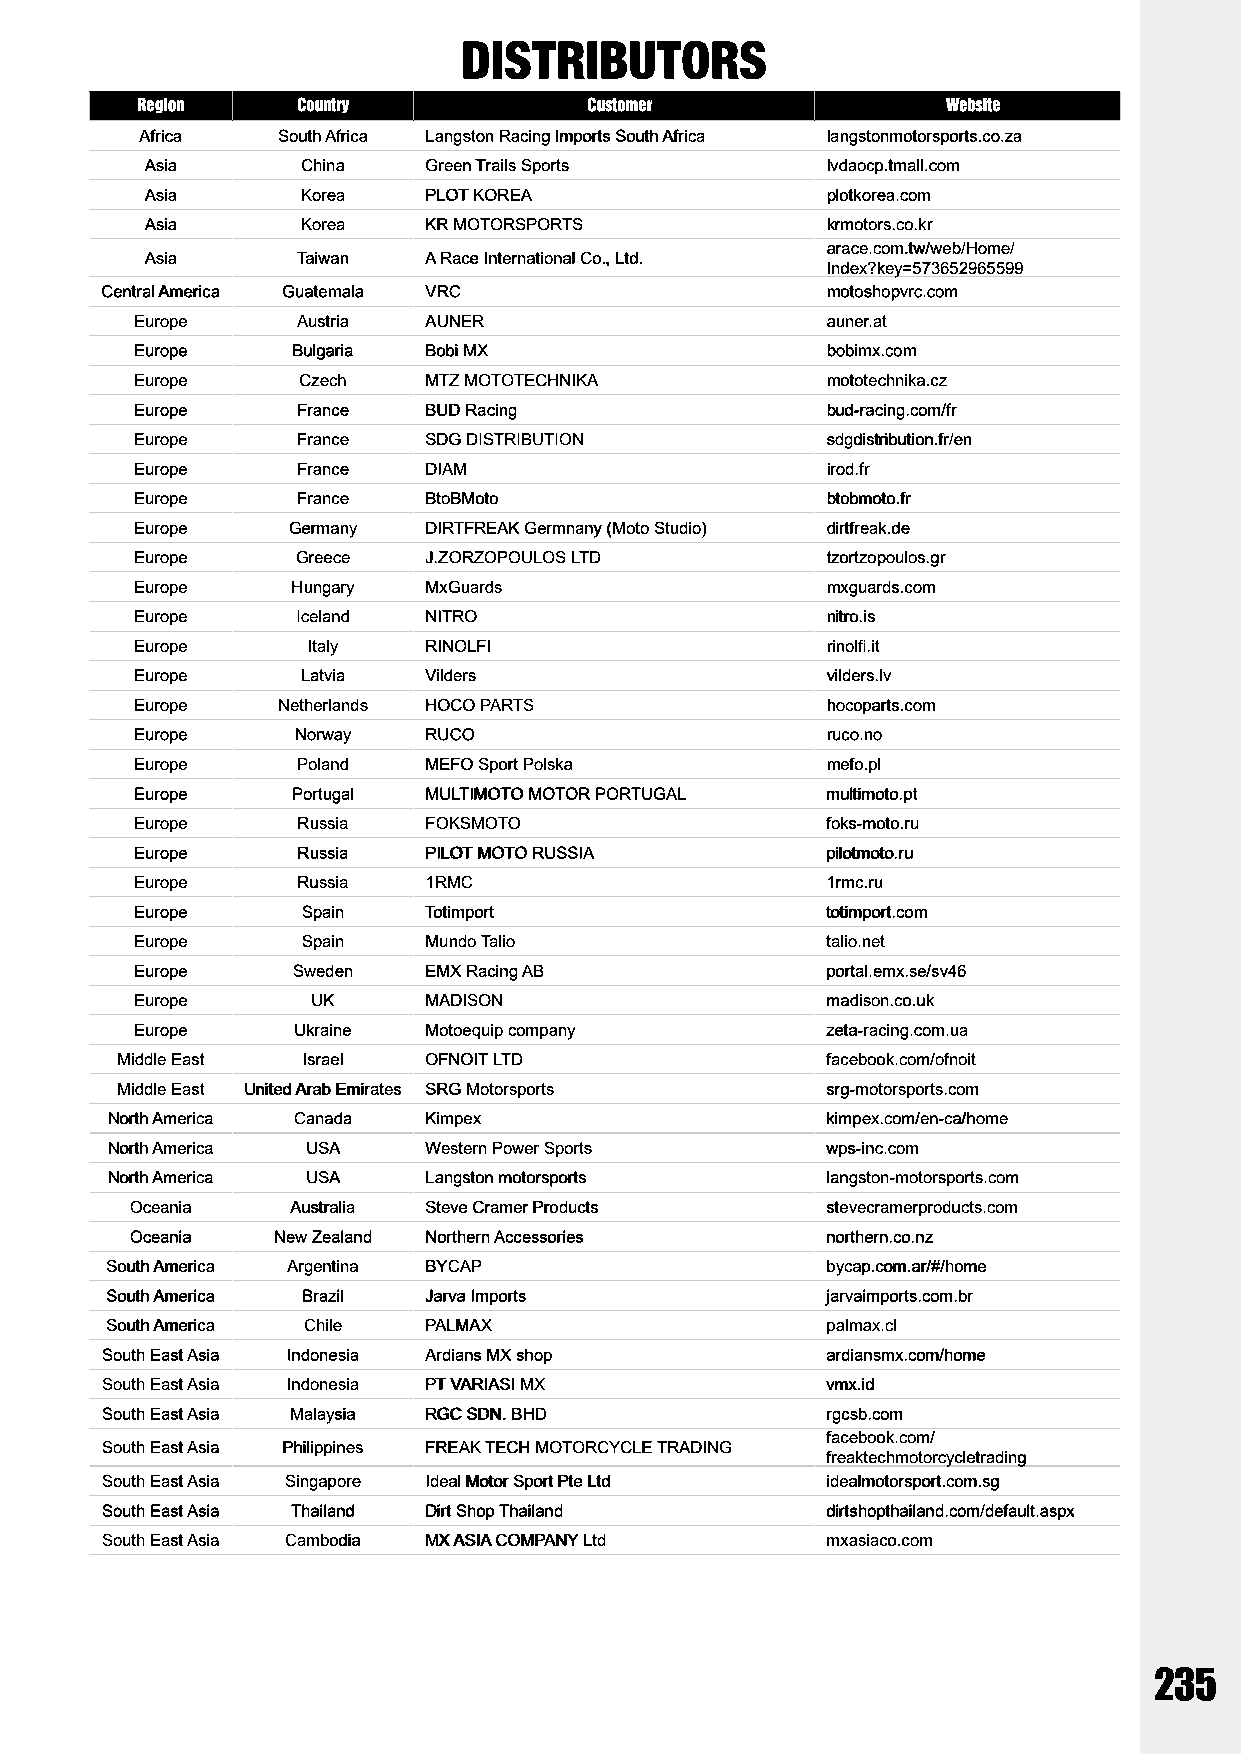
Region     Country            Customer                Website
 Africa   South Africa Langston Racing Imports South Africa langstonmotorsports.co.za
 Asia      China   Green Trails Sports        lvdaocp.tmall.com
 Asia      Korea   PLOT KOREA                 plotkorea.com
 Asia      Korea   KR MOTORSPORTS             krmotors.co.kr
 arace.com.tw/web/Home/
 Asia      Taiwan  A Race International Co., Ltd.
 Index?key=573652965599
 Central America Guatemala VRC                   motoshopvrc.com
 Europe     Austria AUNER                      auner.at
 Europe    Bulgaria Bobi MX                    bobimx.com
 Europe     Czech   MTZ MOTOTECHNIKA           mototechnika.cz
 Europe     France  BUD Racing                 bud-racing.com/fr
 Europe     France  SDG DISTRIBUTION           sdgdistribution.fr/en
 Europe     France  DIAM                       irod.fr
 Europe     France  BtoBMoto                   btobmoto.fr
 Europe    Germany  DIRTFREAK Germnany (Moto Studio) dirtfreak.de
 Europe     Greece  J.ZORZOPOULOS LTD          tzortzopoulos.gr
 Europe    Hungary  MxGuards                   mxguards.com
 Europe     Iceland NITRO                      nitro.is
 Europe     Italy   RINOLFI                    rinolfi.it
 Europe     Latvia  Vilders                    vilders.lv
 Europe   Netherlands HOCO PARTS               hocoparts.com
 Europe    Norway   RUCO                       ruco.no
 Europe     Poland  MEFO Sport Polska          mefo.pl
 Europe    Portugal MULTIMOTO MOTOR PORTUGAL   multimoto.pt
 Europe     Russia  FOKSMOTO                   foks-moto.ru
 Europe     Russia  PILOT MOTO RUSSIA          pilotmoto.ru
 Europe     Russia  1RMC                       1rmc.ru
 Europe     Spain   Totimport                  totimport.com
 Europe     Spain   Mundo Talio                talio.net
 Europe    Sweden   EMX Racing AB              portal.emx.se/sv46
 Europe      UK     MADISON                    madison.co.uk
 Europe    Ukraine  Motoequip company          zeta-racing.com.ua
 Middle East Israel  OFNOIT LTD                 facebook.com/ofnoit
 Middle East United Arab Emirates SRG Motorsports srg-motorsports.com
 North America Canada Kimpex                     kimpex.com/en-ca/home
 North America USA    Western Power Sports       wps-inc.com
 North America USA    Langston motorsports       langston-motorsports.com
 Oceania   Australia Steve Cramer Products     stevecramerproducts.com
 Oceania  New Zealand Northern Accessories     northern.co.nz
 South America Argentina BYCAP                   bycap.com.ar/#/home
 South America Brazil Jarva Imports              jarvaimports.com.br
 South America Chile  PALMAX                     palmax.cl
 South East Asia Indonesia Ardians MX shop       ardiansmx.com/home
 South East Asia Indonesia PT VARIASI MX         vmx.id
 South East Asia Malaysia RGC SDN. BHD           rgcsb.com
 facebook.com/
 South East Asia Philippines FREAK TECH MOTORCYCLE TRADING
 freaktechmotorcycletrading
 South East Asia Singapore Ideal Motor Sport Pte Ltd idealmotorsport.com.sg
 South East Asia Thailand Dirt Shop Thailand     dirtshopthailand.com/default.aspx
 South East Asia Cambodia MX ASIA COMPANY Ltd    mxasiaco.com